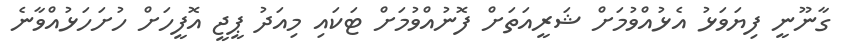
ގާނޫނީ ފިޔަވަޅު އެޅުއްވުމަށް ޝަރީއަތަށް ފޮނުއްވުމަށް ޓަކައި މިއަދު ޕީޖީ އޮފީހަށް ހުށަހަޅުއްވާނެ